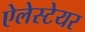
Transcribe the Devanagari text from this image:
ऐलेस्टेयर